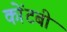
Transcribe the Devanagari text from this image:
कोंटबी